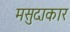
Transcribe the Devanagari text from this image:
मसुदाकार